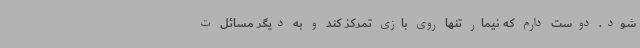
شود. دوست دارم که نیمار تنها روی بازی تمرکز کند و به دیگر مسائل ت